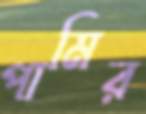
পামির